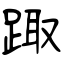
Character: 踙